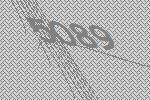
5089